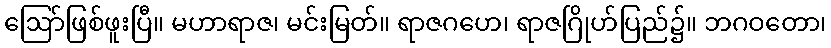
ဩော်ဖြစ်ဖူးပြီ။ မဟာရာဇ၊ မင်းမြတ်။ ရာဇဂဟေ၊ ရာဇဂြိုဟ်ပြည်၌။ ဘဂဝတော၊